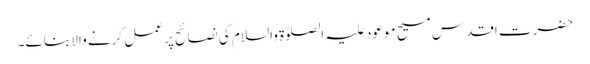
حضرت اقدس مسیح موعود علیہ الصلوٰۃ والسلام کی نصائح پر عمل کرنے والا بنائے۔